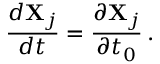
\frac { d { \bf X } _ { j } } { d t } = \frac { \partial { \bf X } _ { j } } { \partial t _ { 0 } } \, .